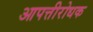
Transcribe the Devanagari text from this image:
आपत्तीरोधक